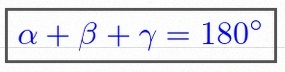
\alpha+\beta+\gamma=180^\circ